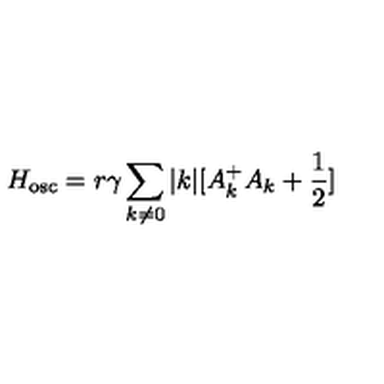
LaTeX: H _ { \mathrm { o s c } } = r { \gamma } \sum _ { k { \neq } 0 } | k | [ A _ { k } ^ { + } A _ { k } + \frac { 1 } { 2 } ]